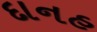
દાનહ